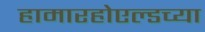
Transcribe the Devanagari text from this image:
हामारहोएल्डच्या